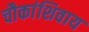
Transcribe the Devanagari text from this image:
चौकांशिवाय